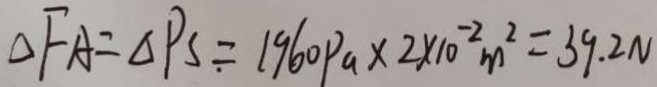
\Delta F A = \Delta P S = 1 9 6 0 P a \times 2 \times 1 0 ^ { - 2 } m ^ { 2 } = 3 9 . 2 N